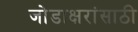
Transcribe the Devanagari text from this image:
जोडाक्षरांसाठी